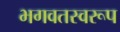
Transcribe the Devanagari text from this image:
भगवतस्वरूप